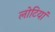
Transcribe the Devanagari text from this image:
लोटियां